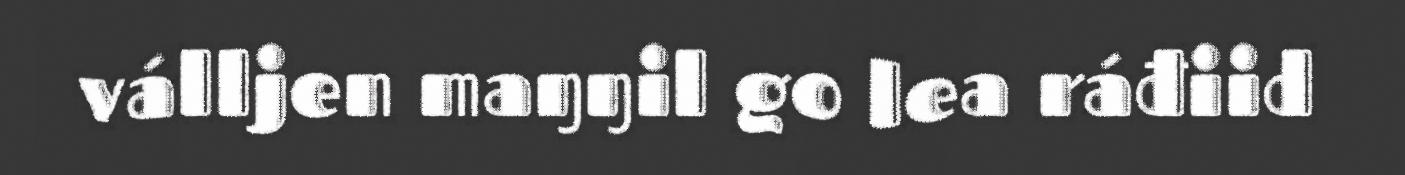
válljen maŋŋil go lea ráđiid